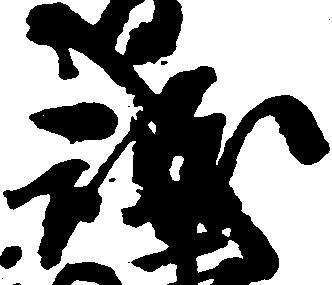
誠